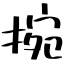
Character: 捥